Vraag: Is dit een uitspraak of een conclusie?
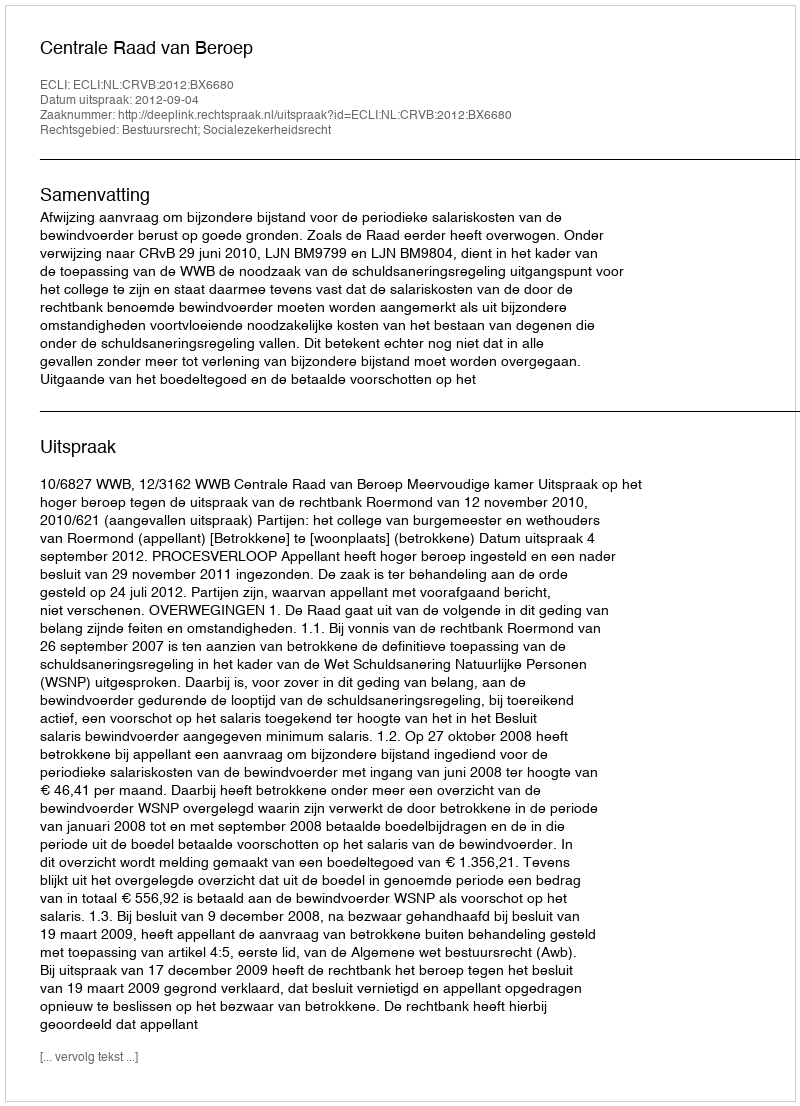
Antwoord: Uitspraak